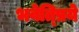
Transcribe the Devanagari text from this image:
भवेत्प्रिये